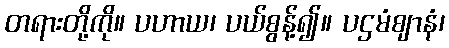
တရားတို့ကို။ ပဟာယ၊ ပယ်စွန့်၍။ ပဌမံဈာနံ၊